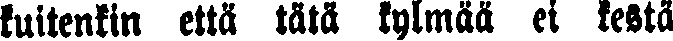
kuitenkin että tätä kylmää ei kestä